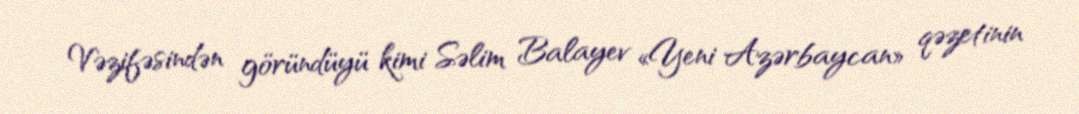
Vəzifəsindən göründüyü kimi Səlim Balayev «Yeni Azərbaycan» qəzetinin